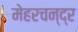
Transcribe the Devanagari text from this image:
मेहरचन्द्र